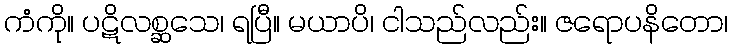
ကံကို။ ပဋိလစ္ဆသေ၊ ရပြီ။ မယာပိ၊ ငါသည်လည်း။ ဇရောပနိတော၊